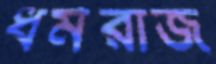
ধর্মরাজ